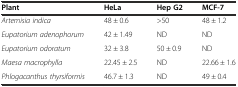
<table><thead><tr><td><b>Plant</b></td><td><b>HeLa</b></td><td><b>Hep G2</b></td><td><b>MCF-7</b></td></tr></thead><tbody><tr><td><i>Artemisia indica</i></td><td>48 ± 0.6</td><td>&gt;50</td><td>48 ± 1.2</td></tr><tr><td><i>Eupatorium adenophorum</i></td><td>42 ± 1.49</td><td>ND</td><td>ND</td></tr><tr><td><i>Eupatorium odoratum</i></td><td>32 ± 3.8</td><td>50 ± 0.9</td><td>ND</td></tr><tr><td><i>Maesa macrophylla</i></td><td>22.45 ± 2.5</td><td>ND</td><td>22.66 ± 1.6</td></tr><tr><td><i>Phlogacanthus thyrsiformis</i></td><td>46.7 ± 1.3</td><td>ND</td><td>49 ± 0.4</td></tr></tbody></table>